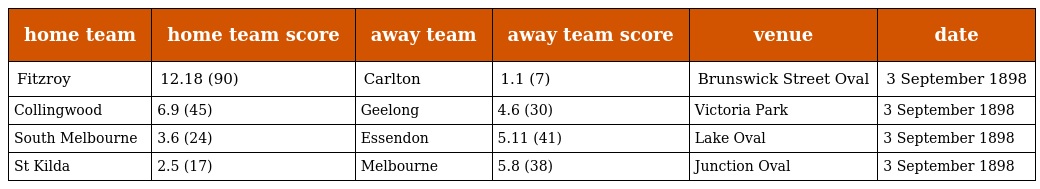
| home team | home team score | away team | away team score | venue | date |
 | --- | --- | --- | --- | --- | --- |
 | Fitzroy | 12.18 (90) | Carlton | 1.1 (7) | Brunswick Street Oval | 3 September 1898 |
 | Collingwood | 6.9 (45) | Geelong | 4.6 (30) | Victoria Park | 3 September 1898 |
 | South Melbourne | 3.6 (24) | Essendon | 5.11 (41) | Lake Oval | 3 September 1898 |
 | St Kilda | 2.5 (17) | Melbourne | 5.8 (38) | Junction Oval | 3 September 1898 |